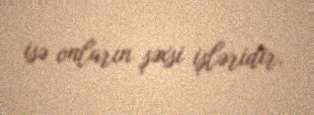
isə onların şəxsi işləridir.